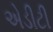
એડીટી